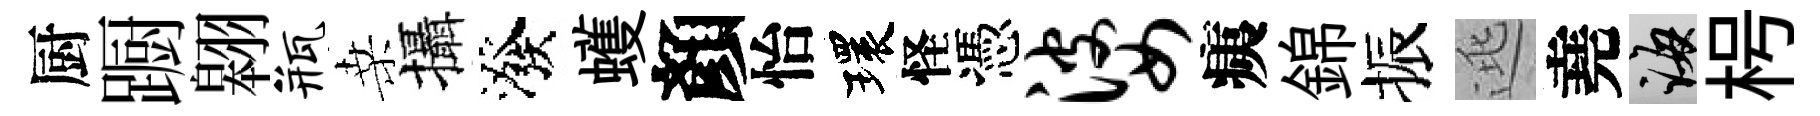
厨蹰翱瓶桑攝潑蠖顏怡環怪憑婆痍錦振逃堯誨枵